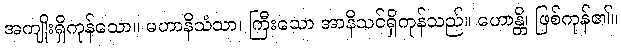
အကျိုးရှိကုန်သော။ မဟာနိသံသာ၊ ကြီးသော အာနိသင်ရှိကုန်သည်။ ဟောန္တိ၊ ဖြစ်ကုန်၏။